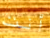
أنت